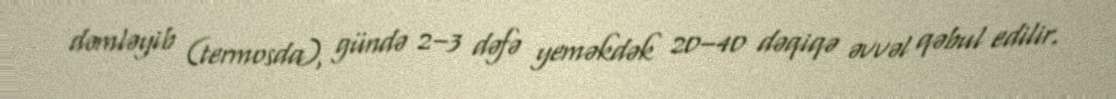
dəmləyib (termosda), gündə 2–3 dəfə yeməkdək 20–40 dəqiqə əvvəl qəbul edilir.